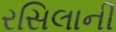
રસિલાની